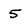
Character: 5